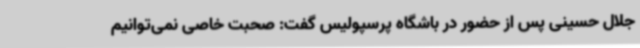
جلال حسینی پس از حضور در باشگاه پرسپولیس گفت: صحبت خاصی نمی‌توانیم